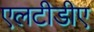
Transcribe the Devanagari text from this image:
एलटीडीए